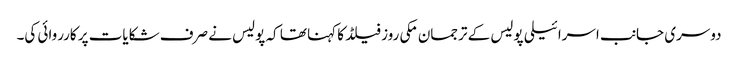
دوسری جانب اسرائیلی پولیس کے ترجمان مکی روز فیلڈ کا کہنا تھا کہ پولیس نے صرف شکایات پر کارروائی کی۔